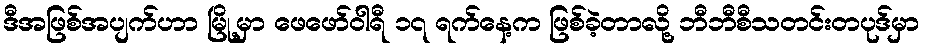
ဒီအဖြစ်အပျက်ဟာ မြို့မှာ ဖေဖော်ဝါရီ ၁၇ ရက်နေ့က ဖြစ်ခဲ့တာလို့ ဘီဘီစီသတင်းတပုဒ်မှာ